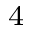
^ 4